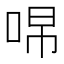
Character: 𭇽